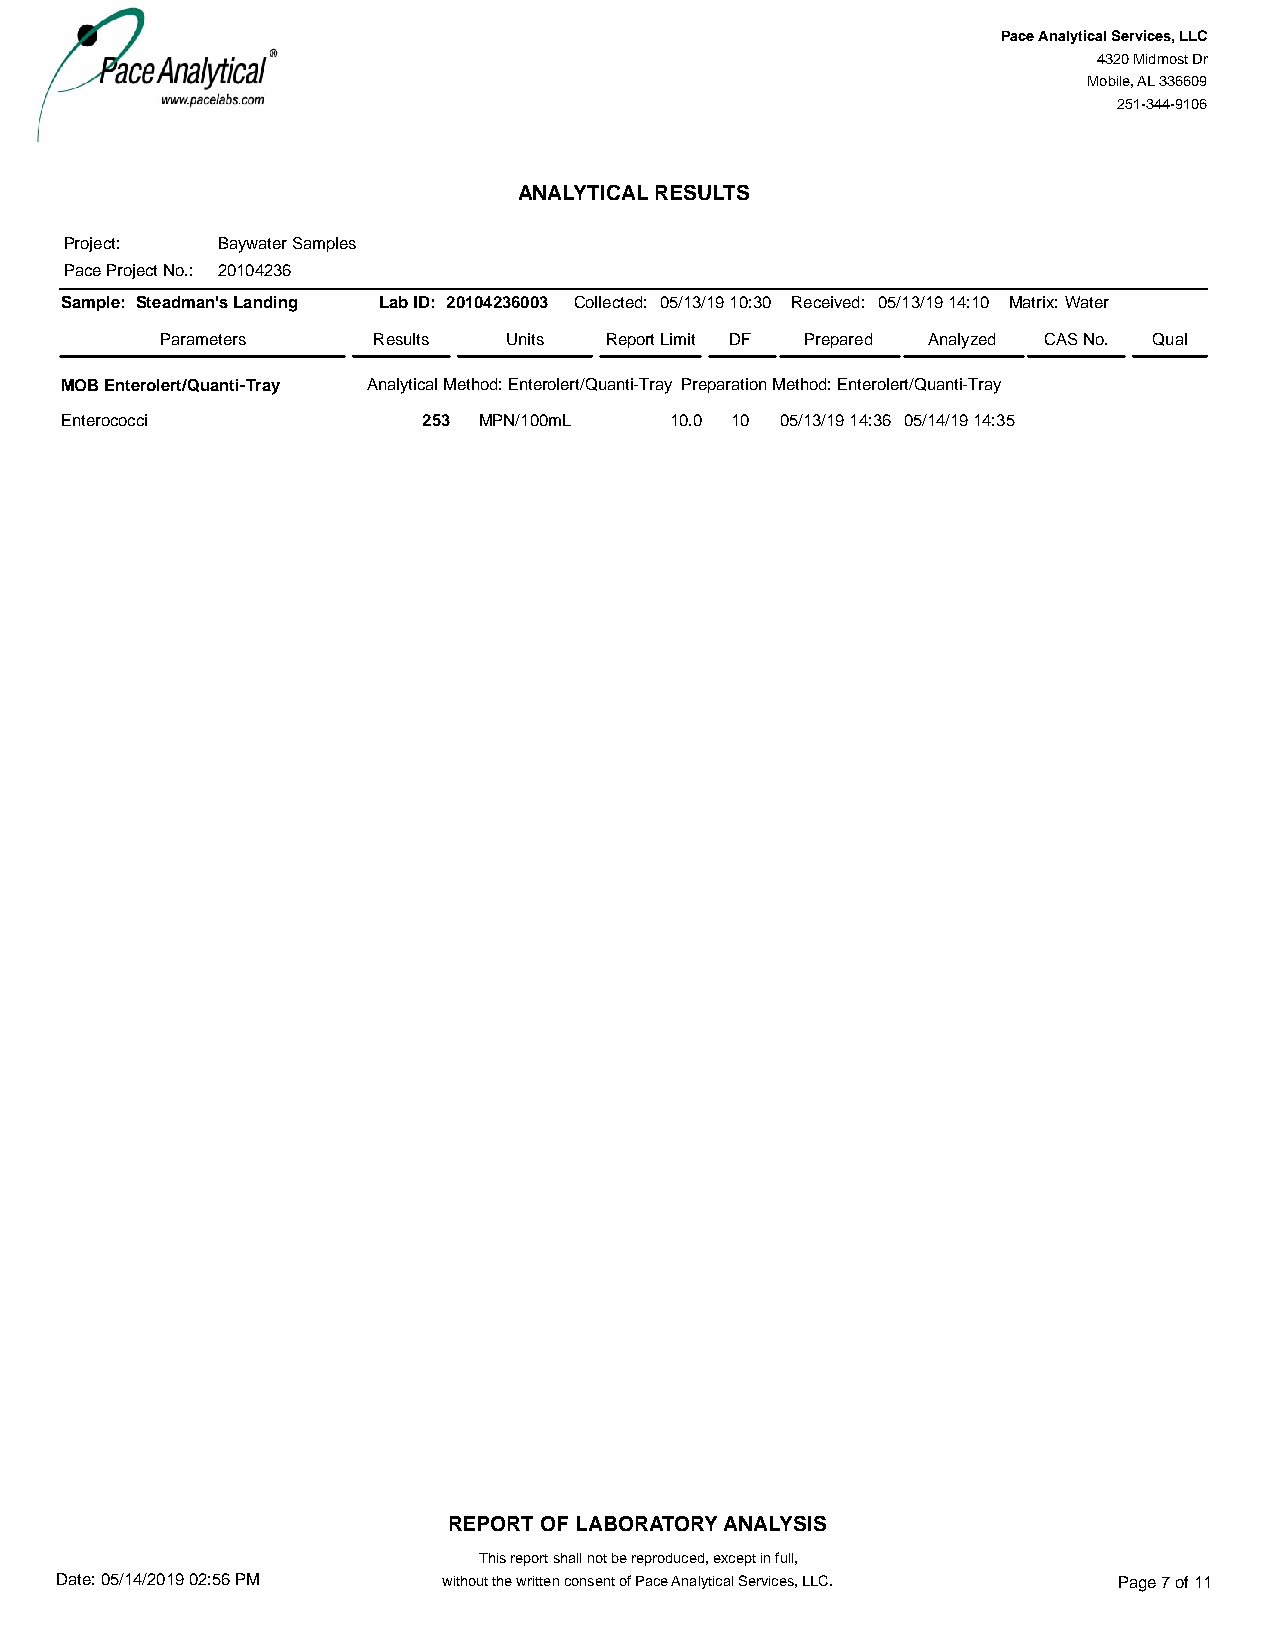
#=AR#
 Pace Analytical Services, LLC
 4320 Midmost Dr
 Mobile, AL 336609
 251-344-9106
 ANALYTICAL RESULTS
 Project:  Baywater Samples
 Pace Project No.: 20104236
 Sample: Steadman's Landing Lab ID: 20104236003 Collected: 05/13/19 10:30 Received: 05/13/19 14:10 Matrix:Water
 Parameters    Results  Units Report Limit DF Prepared Analyzed CAS No. Qual
 MOB Enterolert/Quanti-Tray Analytical Method: Enterolert/Quanti-Tray Preparation Method: Enterolert/Quanti-Tray
 Enterococci             253 MPN/100mL   10.0 10 05/13/19 14:36 05/14/19 14:35
 REPORT OF LABORATORY ANALYSIS
 This report shall not be reproduced, except in full,
 Date: 05/14/2019 02:56 PM without the written consent of Pace Analytical Services, LLC. Page 7 of 11